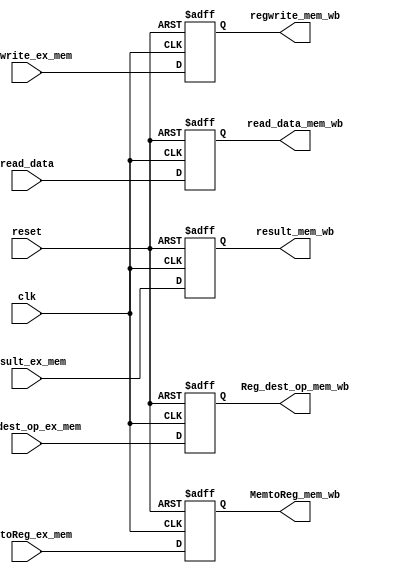
`timescale 1ns / 1ps
//////////////////////////////////////////////////////////////////////////////////
// Company: 
// Engineer: 
// 
// Design Name: 
// Module Name: mem_wb
// Project Name: 
// Target Devices: 
// Tool Versions: 
// Description: 
// 
// Dependencies: 
// 
// Revision:
// Revision 0.01 - File Created
// Additional Comments:
// 
//////////////////////////////////////////////////////////////////////////////////


module mem_wb(read_data,
regwrite_ex_mem,MemtoReg_ex_mem,
result_ex_mem,
Reg_dest_op_ex_mem,
regwrite_mem_wb,MemtoReg_mem_wb,
read_data_mem_wb,
result_mem_wb,
Reg_dest_op_mem_wb,
reset, clk);

input [31:0] read_data, result_ex_mem;
input regwrite_ex_mem,MemtoReg_ex_mem;
input [4:0] Reg_dest_op_ex_mem;
input reset,clk;

output reg regwrite_mem_wb, MemtoReg_mem_wb;
output reg [31:0] read_data_mem_wb , result_mem_wb;
output reg [4:0] Reg_dest_op_mem_wb;

always@(posedge clk or negedge reset)
begin

if(reset == 1'b0)
begin
regwrite_mem_wb = 0;
MemtoReg_mem_wb = 0;
read_data_mem_wb = 0;
result_mem_wb = 0;
Reg_dest_op_mem_wb = 0;
end

else
begin
regwrite_mem_wb = regwrite_ex_mem;
MemtoReg_mem_wb = MemtoReg_ex_mem;
read_data_mem_wb = read_data;
result_mem_wb = result_ex_mem;
Reg_dest_op_mem_wb = Reg_dest_op_ex_mem;
end

end

endmodule